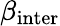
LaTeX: \beta_{\mathrm{{inter}}}